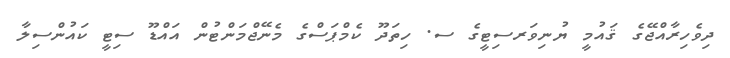
ދިވެހިރާއްޖޭގެ ޤައުމީ ޔުނިވަރސިޓީގެ ސ. ހިތަދޫ ކެމްޕަސްގެ މެނޭޖްމަންޓުން އައްޑޫ ސިޓީ ކައުންސިލާ